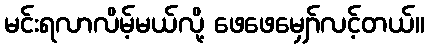
မင်းရလာလိမ့်မယ်လို့ ဖေဖေမျှော်လင့်တယ်။